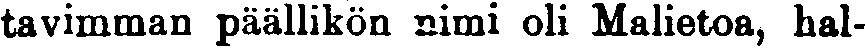
tavimman päällikön nimi oli Malietoa, hal-